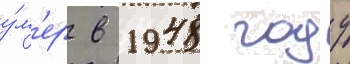
у́м'ер в 1948 году